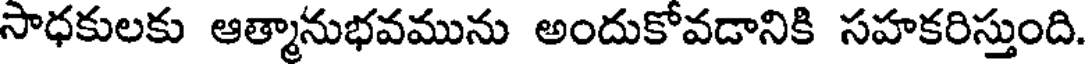
సాధకులకు ఆత్మానుభవమును అందుకోవడానికి సహకరిస్తుంది.